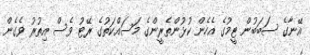
އޭނާގެ ސަބަބުން ޓީމުގެ އެހެން ކުޅުންތެރީންގެ މަސައްކަތުގެ ރޭޓު ވެސް އިތުރު ވެގެން